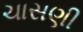
ચાસણી